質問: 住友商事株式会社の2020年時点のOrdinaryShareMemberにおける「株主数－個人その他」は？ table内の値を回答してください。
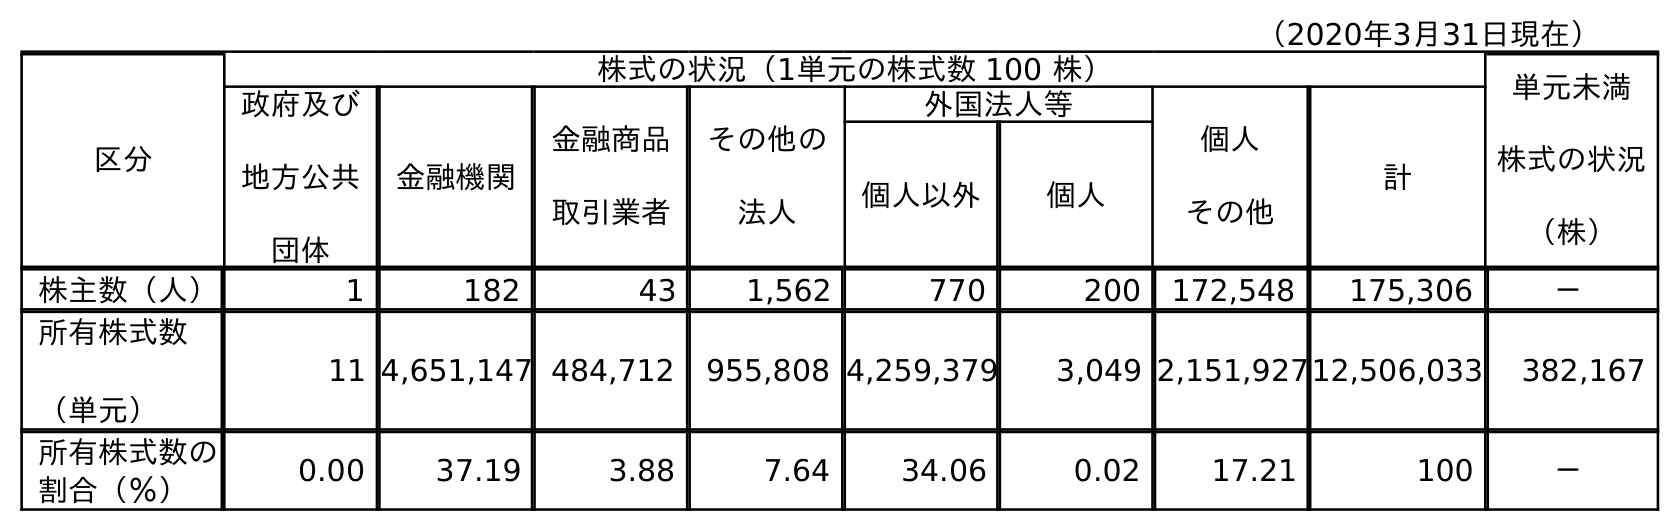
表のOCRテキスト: （2020年3月31日現在） 区分 株式の状況（1単元の株式数 100 株） 単元未満 株式の状況 （株） 政府及び 地方公共 団体 金融機関 金融商品 取引業者 その他の 法人 外国法人等 個人 その他 計 個人以外 個人 株主数（人） 1 182 43 1,562 770 200 172,548 175,306 － 所有株式数 （単元） 11 4,651,147 484,712 955,808 4,259,379 3,049 2,151,92712,506,033 382,167 所有株式数の 割合（％） 0.00 37.19 3.88 7.64 34.06 0.02 17.21 100 －
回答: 172,548